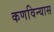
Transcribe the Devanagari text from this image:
कणविन्यास